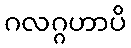
ဂလဂ္ဂဟာပိ